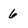
Character: 6